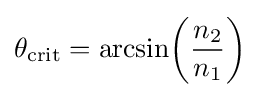
\theta _{\text{crit}}=\arcsin \!\left({\frac {n_{2}}{n_{1}}}\right)\!